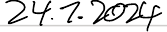
24.1.2024